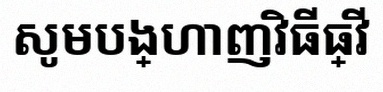
សូមបង្ហាញវិធីធ្វើ